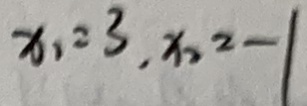
x _ { 1 } = 3 , x _ { 2 } = - 1